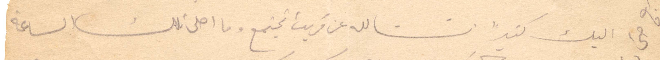
ليك كثيرًأ انشالله عن قريب نجتمع وما احلى تلك الساعة